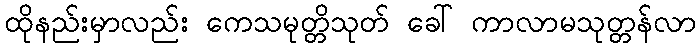
ထိုနည်းမှာလည်း ကေသမုတ္တိသုတ် ခေါ် ကာလာမသုတ္တန်လာ